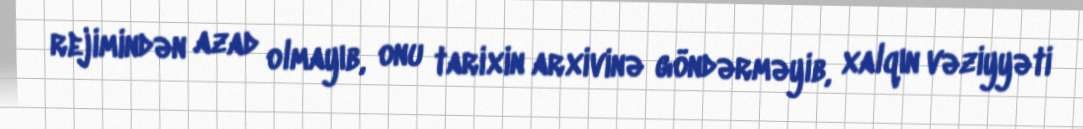
rejimindən azad olmayıb, onu tarixin arxivinə göndərməyib, xalqın vəziyyəti